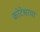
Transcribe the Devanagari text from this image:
कोटेश्वरचा